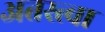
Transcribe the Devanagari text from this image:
अतस्त्वा